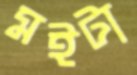
মইটা